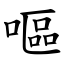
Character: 嘔